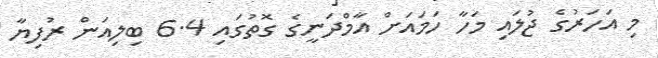
މި އަހަރުގެ ޖުލައި މަހާ ހަމައަށް އާމްދަނީގެ ގޮތުގައި 6.4 ބިލިއަން ރުފިޔާ